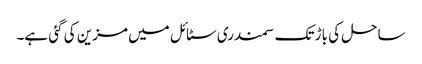
ساحل کی باڑ تک سمندری سٹائل میں مزین کی گئی ہے۔